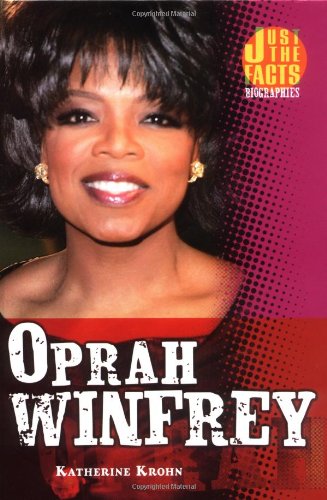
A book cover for Oprah Winfrey (Just the Facts Biographies); Katherine E. Krohn; Teen & Young Adult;